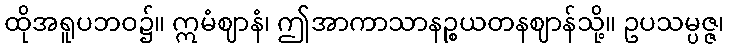
ထိုအရူပဘဝ၌။ ဣမံဈာနံ၊ ဤအာကာသာနဉ္စယတနဈာန်သို့။ ဥပသမ္ပဇ္ဇ၊